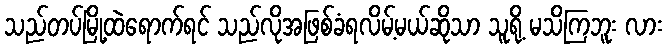
သည်တပ်မြို့ထဲရောက်ရင် သည်လိုအဖြစ်ခံရလိမ့်မယ်ဆိုသာ သူရို့ မသိကြဘူး လား